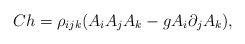
\begin{align*}Ch = \rho_{ijk} (A_i A_j A_k - g A_i \partial_j A_k) ,\end{align*}